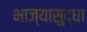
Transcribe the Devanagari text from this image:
भाज्यासुद्धा